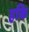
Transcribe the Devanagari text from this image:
हकि